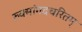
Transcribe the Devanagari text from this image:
रुक्मांगदचरितम्